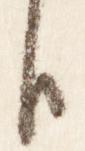
臣